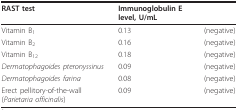
<table><thead><tr><td><b>RAST test</b></td><td><b>Immunoglobulin E level, U/mL</b></td><td></td></tr></thead><tbody><tr><td>Vitamin B<sub>1</sub></td><td>0.13</td><td>(negative)</td></tr><tr><td>Vitamin B<sub>2</sub></td><td>0.16</td><td>(negative)</td></tr><tr><td>Vitamin B<sub>12</sub></td><td>0.18</td><td>(negative)</td></tr><tr><td><i>Dermatophagoides pteronyssinus</i></td><td>0.09</td><td>(negative)</td></tr><tr><td><i>Dermatophagoides farina</i></td><td>0.08</td><td>(negative)</td></tr><tr><td>Erect pellitory-of-the-wall (<i>Parietaria officinalis</i>)</td><td>0.09</td><td>(negative)</td></tr></tbody></table>